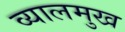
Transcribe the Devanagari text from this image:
व्यालमुख